system: You are a helpful assistant.
user:
Analyze the provided spectrum to determine if it is a **"Cataclysmic Variables (CV)"**.

- **Key Indicators for CV (Check for either state):**
    - **State 1: Quiescent / Low-State (Emission-Dominated)**
        - **(Primary):** Strong and *very broad* Hydrogen Balmer emission lines (e.g., $H\alpha$ at 6563 Å, $H\beta$ at 4861 Å). The 'broadness' (high velocity dispersion, often FWHM > 1000 km/s) is the key diagnostic, indicating a high-velocity accretion disk.
        - **(Secondary):** Broad neutral Helium (He I) emission lines (e.g., 5876 Å, 6678 Å).
        - **(Key Confirmation):** Presence of high-excitation *ionized* Helium (He II) emission at 4686 Å. This is a strong indicator of accretion onto a white dwarf.
        - **(Line Profile):** Emission lines may exhibit a 'double-peaked' profile, which is a classic signature of a rotating accretion disk viewed at high inclination.

    - **State 2: Outburst / High-State (Absorption-Dominated)**
        - **(Primary):** Spectrum is dominated by a bright, blue continuum (looks like a hot star).
        - **(Secondary):** The emission lines from State 1 are weak, absent, or 'filled in', and are replaced by broad, shallow *absorption* lines (primarily Balmer and He I).
        - **(Morphology):** The overall spectrum mimics a hot B/A-type star. The crucial difference is that the absorption lines are significantly broader, shallower, and more 'washed-out' (or 'smeared') than the sharp lines of a normal stellar photosphere, due to high rotational speeds and pressure broadening in the disk.

Think first, call **spectral_visualization_tool** if needed to examine features in detail, then provide your final answer. Your response must adhere to the following strict rules:
1.  **Overall Structure:** Your response must follow the format `<think>...</think> <tool_call>...</tool_call> (if a tool is used) <answer>...</answer>`.
2.  **Tool Usage Constraint:** You may only make **one** tool call per turn.
3.  **Final Answer Format:** In the `<answer>` tag, your conclusion must be inside a `\boxed{}` command (e.g., `\boxed{YES}`), followed by your justification.

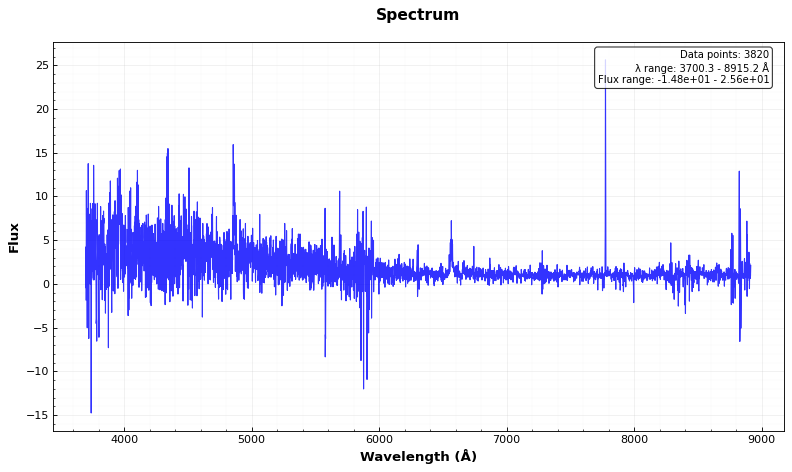
Answer: YES